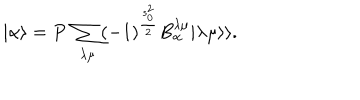
| \alpha \rangle = P \ \sum _ { \lambda \mu } ( - 1 ) ^ { \frac { s _ { 0 } ^ { 2 } } { 2 } } B _ { \alpha } ^ { \lambda \mu } | \lambda \mu \rangle \rangle .